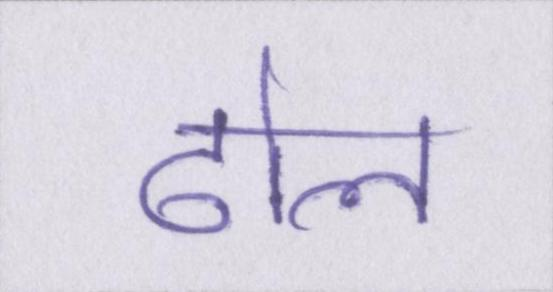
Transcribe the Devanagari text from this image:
ढोल